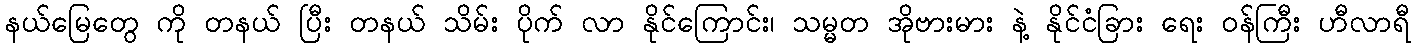
နယ်မြေတွေ ကို တနယ် ပြီး တနယ် သိမ်း ပိုက် လာ နိုင်ကြောင်း၊ သမ္မတ အိုဗားမား နဲ့ နိုင်ငံခြား ရေး ဝန်ကြီး ဟီလာရီ